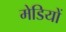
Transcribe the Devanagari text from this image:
मेडियों